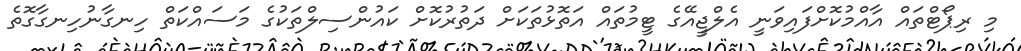
މި ރިޕޯޓްތައް އާއްމުކޮށްފައިވަނީ އެލްޖީއޭގެ ޓީމުތައް އަތޮޅުތަކަށް ދަތުރުކޮށް ކައުންސިލްތަކުގެ މަސައްކަތް ހިނގާނުހިނގާގޮތެ